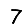
Digit: 7